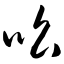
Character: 吆